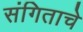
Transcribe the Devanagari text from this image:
संगिताचे